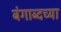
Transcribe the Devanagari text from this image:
बंगाब्दच्या